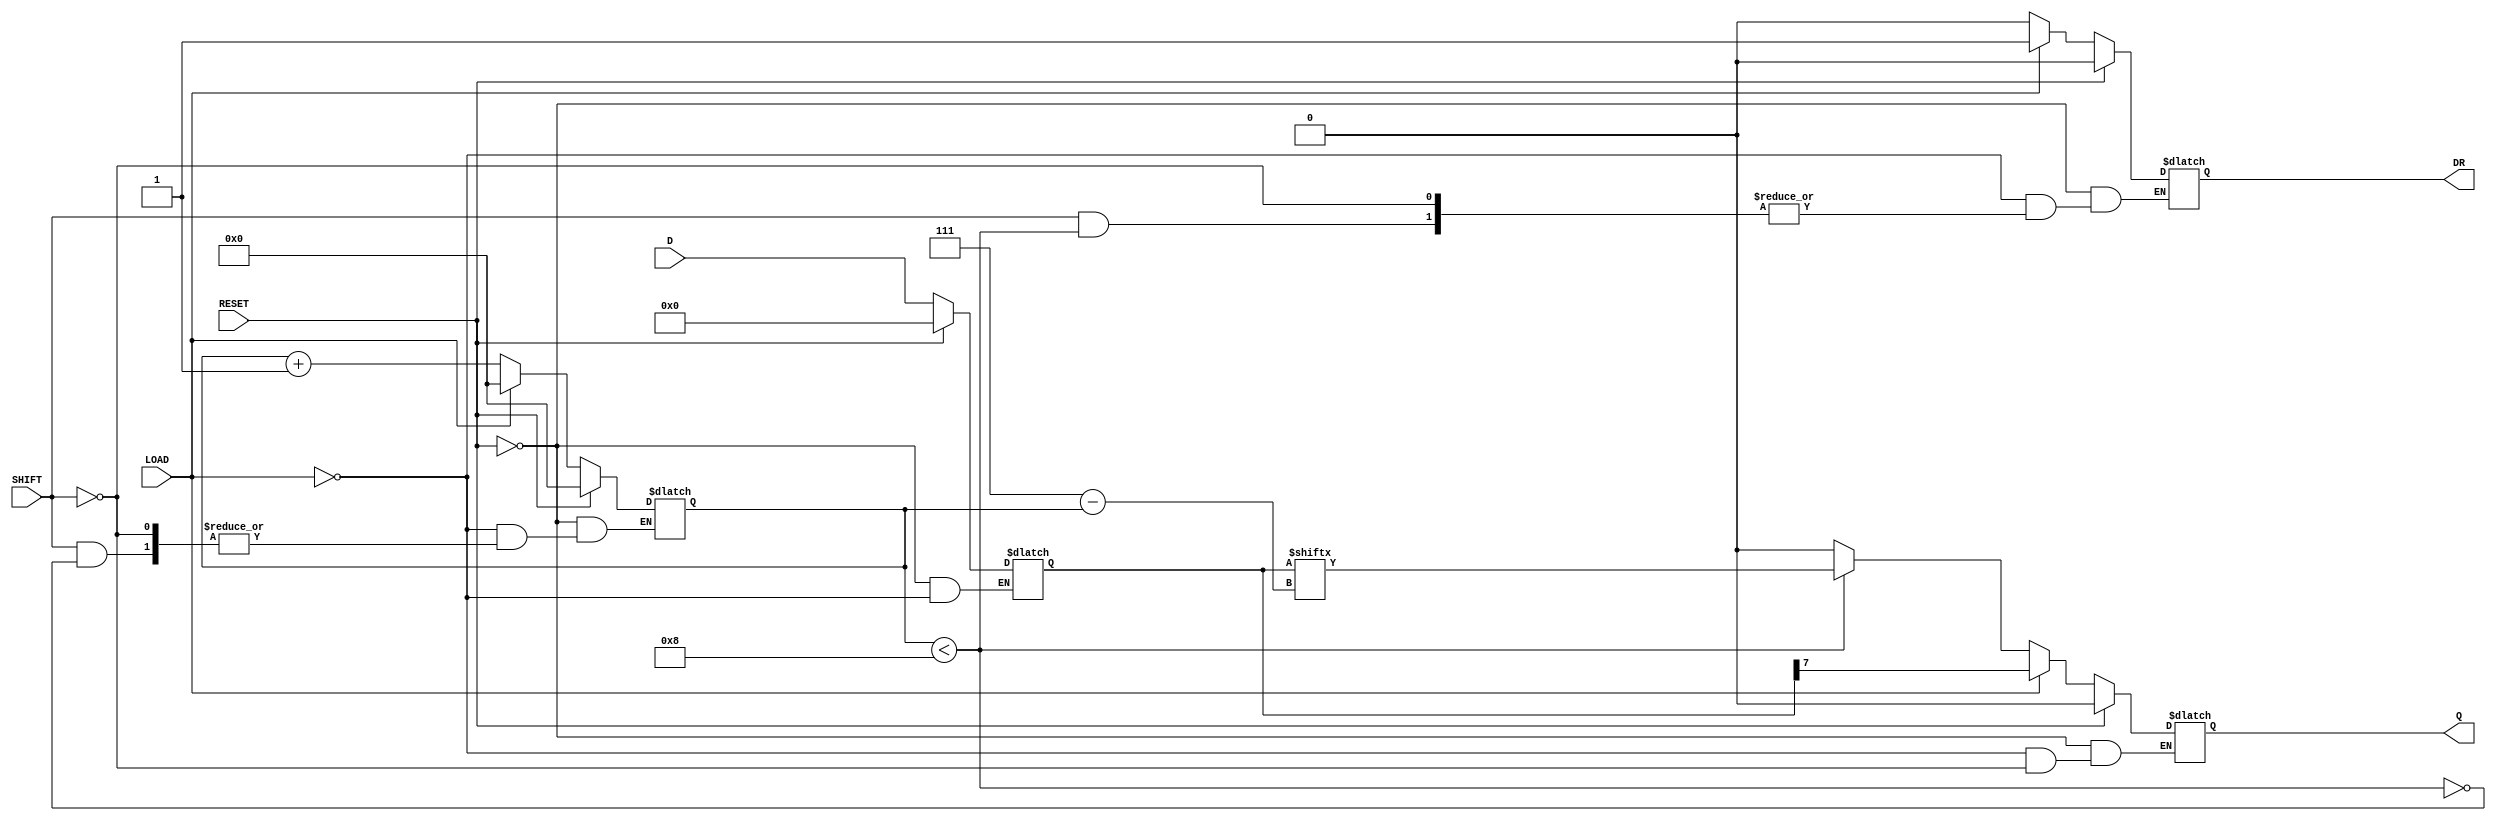
module async_piso #(
    parameter WIDTH = 8 // Define the width of the register
)(
    input wire [WIDTH-1:0] D,     // Parallel data input
    input wire LOAD,               // Load control signal
    input wire SHIFT,              // Shift control signal
    input wire RESET,              // Asynchronous reset signal
    output reg Q,                  // Serial output
    output reg DR                  // Data ready signal
);

    reg [WIDTH-1:0] shift_reg;     // Shift register to hold the data
    reg [3:0] count;               // Counter to track the number of shifts

    // Asynchronous reset and loading logic
    always @(*) begin
        if (RESET) begin
            shift_reg <= {WIDTH{1'b0}}; // Clear the register
            Q <= 1'b0;                  // Clear the output
            DR <= 1'b0;                 // Data ready signal low
            count <= 0;                 // Reset the shift count
        end else if (LOAD) begin
            shift_reg <= D;             // Load data into the register
            Q <= shift_reg[WIDTH-1];    // Set the output to the MSB
            DR <= 1'b1;                 // Indicate data is ready
            count <= 0;                 // Reset the shift count
        end else if (SHIFT) begin
            if (count < WIDTH) begin
                Q <= shift_reg[WIDTH-1-count]; // Shift out the MSB first
                count <= count + 1;          // Increment the shift count
            end else begin
                Q <= 1'b0;                     // No more data to shift
                DR <= 1'b0;                    // Data not ready anymore
            end
        end
    end

endmodule